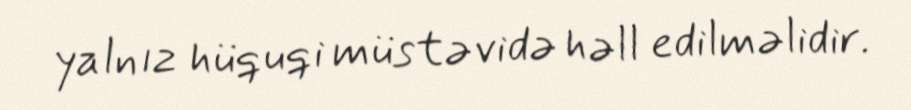
yalnız hüquqi müstəvidə həll edilməlidir.